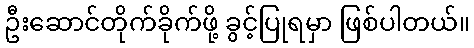
ဦးဆောင်တိုက်ခိုက်ဖို့ ခွင့်ပြုရမှာ ဖြစ်ပါတယ်။